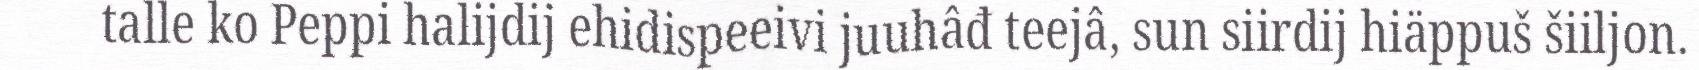
talle ko Peppi halijdij ehidispeeivi juuhâđ teejâ, sun siirdij hiäppuš šiiljon.